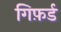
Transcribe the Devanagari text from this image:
गिफ़र्ड